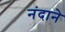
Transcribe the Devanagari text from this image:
नंदाने